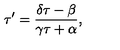
\tau ^ { \prime } = \frac { \delta \tau - \beta } { \gamma \tau + \alpha } ,